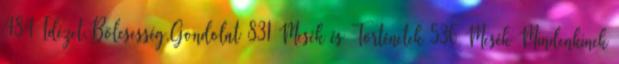
484 Idézet,Bölcsesség,Gondolat 831 Mesék és Történetek 536 Mesék Mindenkinek